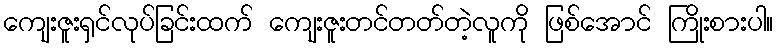
ကျေးဇူးရှင်လုပ်ခြင်းထက် ကျေးဇူးတင်တတ်တဲ့လူကို ဖြစ်အောင် ကြိုးစားပါ။